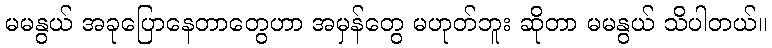
မမနွယ် အခုပြောနေတာတွေဟာ အမှန်တွေ မဟုတ်ဘူး ဆိုတာ မမနွယ် သိပါတယ်။